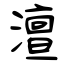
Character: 澶